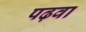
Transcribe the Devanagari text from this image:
पढ़वा